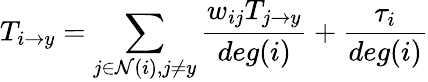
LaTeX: T_{{i\rightarrow y}}=\sum_{j\in\mathcal{N}(i),j\neq y}\frac{w_{ij}T_{j\rightarrow y}}{deg(i)}+\frac{\tau_{i}}{deg(i)}